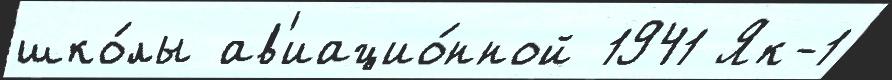
шко́лы ав'иацио́нной 1941 Як-1